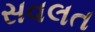
સવલત